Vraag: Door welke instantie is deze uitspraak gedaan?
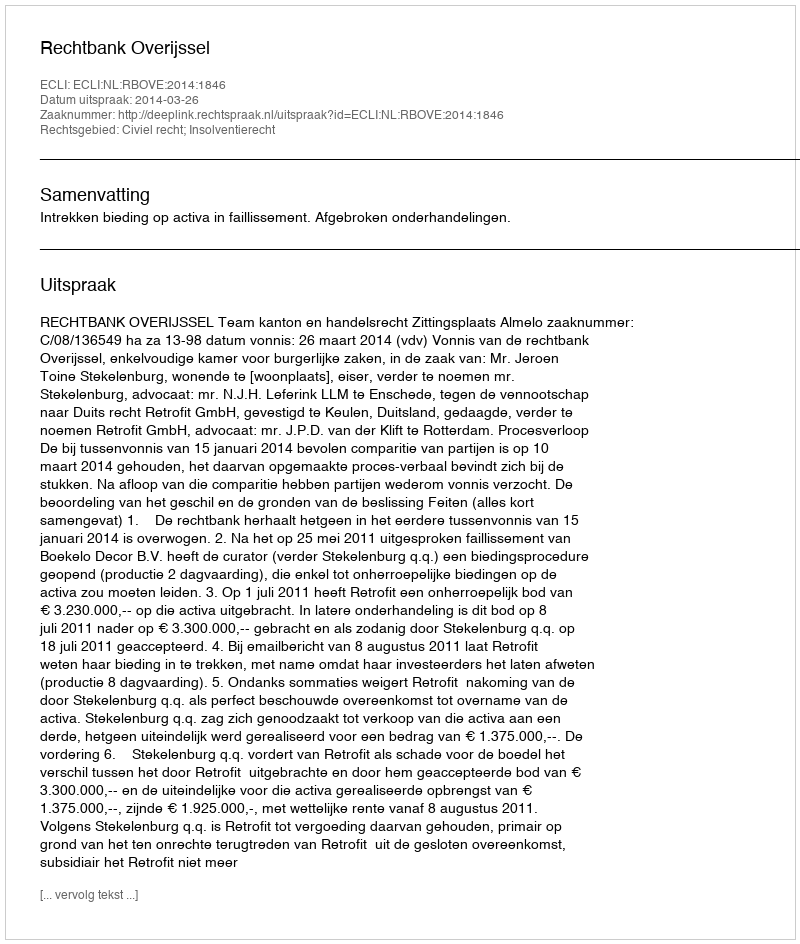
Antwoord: Rechtbank Overijssel